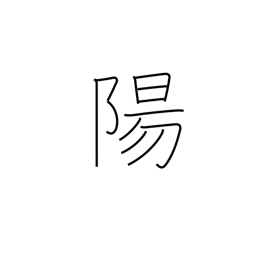
Meaning: heaven